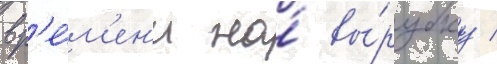
вр'е́м'ен'и на́ вы́рубку /